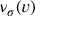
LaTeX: \nu _ { \sigma } ( v )